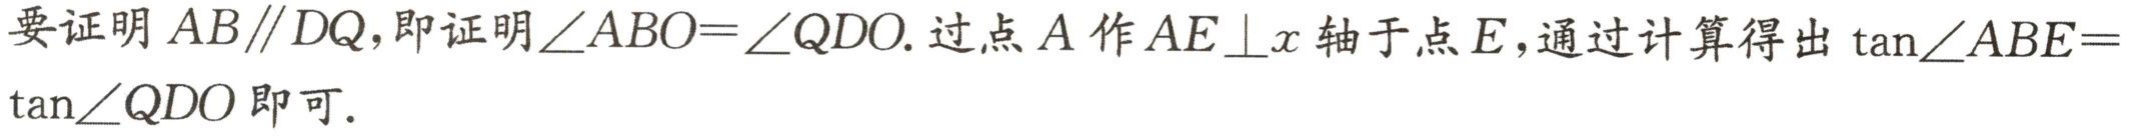
要证明 \(AB\parallel DQ\)，即证明\(\angle ABO = \angle QDO\). 过点 \(A\) 作 \(AE\perp x\) 轴于点 \(E\)，通过计算得出 \(\tan\angle ABE = \tan\angle QDO\) 即可.